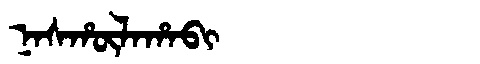
Manchu: ᠨᠠᠰᡥᡡᠯᠠᡥᠠᠪᡳ
Romanization: NASHŪLAHABI